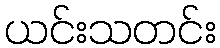
ယင်းသတင်း